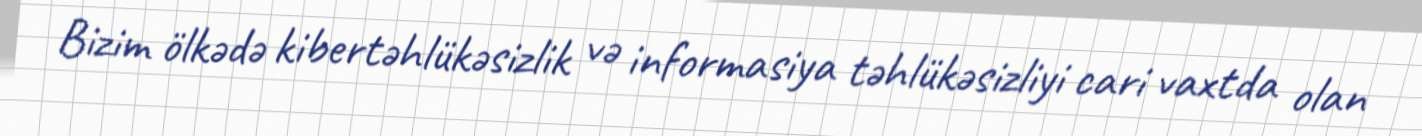
Bizim ölkədə kibertəhlükəsizlik və informasiya təhlükəsizliyi cari vaxtda olan